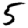
Digit: 5